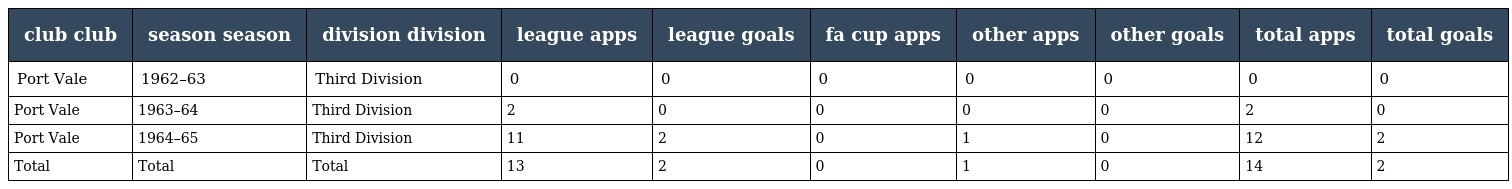
| club club | season season | division division | league apps | league goals | fa cup apps | other apps | other goals | total apps | total goals |
 | --- | --- | --- | --- | --- | --- | --- | --- | --- | --- |
 | Port Vale | 1962–63 | Third Division | 0 | 0 | 0 | 0 | 0 | 0 | 0 |
 | Port Vale | 1963–64 | Third Division | 2 | 0 | 0 | 0 | 0 | 2 | 0 |
 | Port Vale | 1964–65 | Third Division | 11 | 2 | 0 | 1 | 0 | 12 | 2 |
 | Total | Total | Total | 13 | 2 | 0 | 1 | 0 | 14 | 2 |